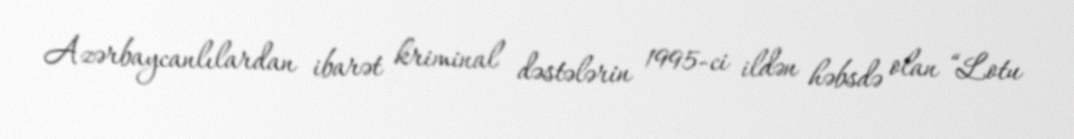
Azərbaycanlılardan ibarət kriminal dəstələrin 1995-ci ildən həbsdə olan “Lotu